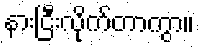
နားငြီးလိုက်တာကွာ။